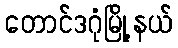
တောင်ဒဂုံမြို့နယ်